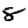
Digit: 8